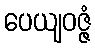
ပေယျဝဇ္ဇံ